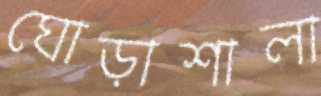
ঘোড়াশালা